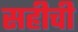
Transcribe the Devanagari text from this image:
सहीची